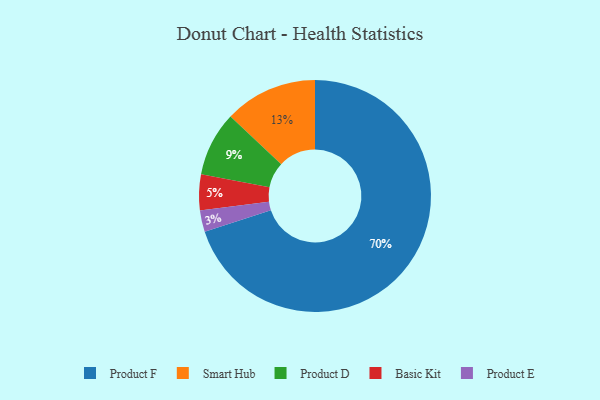
{"axis": {"x": "Category", "y": "Percentage"}, "legend": ["Basic Kit", "Product D", "Product E", "Product F", "Smart Hub"], "data": [{"x": "Product F", "y": 70, "type": "Product F"}, {"x": "Product E", "y": 3, "type": "Product E"}, {"x": "Smart Hub", "y": 13, "type": "Smart Hub"}, {"x": "Basic Kit", "y": 5, "type": "Basic Kit"}, {"x": "Product D", "y": 9, "type": "Product D"}]}